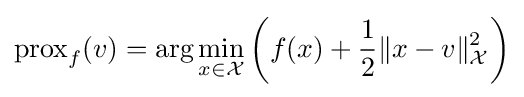
\operatorname {prox} _{f}(v)=\arg \min _{x\in {\mathcal {X}}}\left(f(x)+{\frac {1}{2}}\|x-v\|_{\mathcal {X}}^{2}\right)